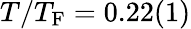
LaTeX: T/T_{\mathrm{F}}=0.22(1)